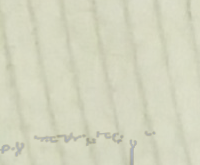
نحن نلتزم بالجودة وخدمة ا